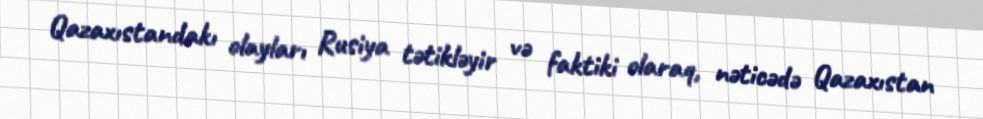
Qazaxıstandakı olayları Rusiya tətikləyir və faktiki olaraq, nəticədə Qazaxıstan